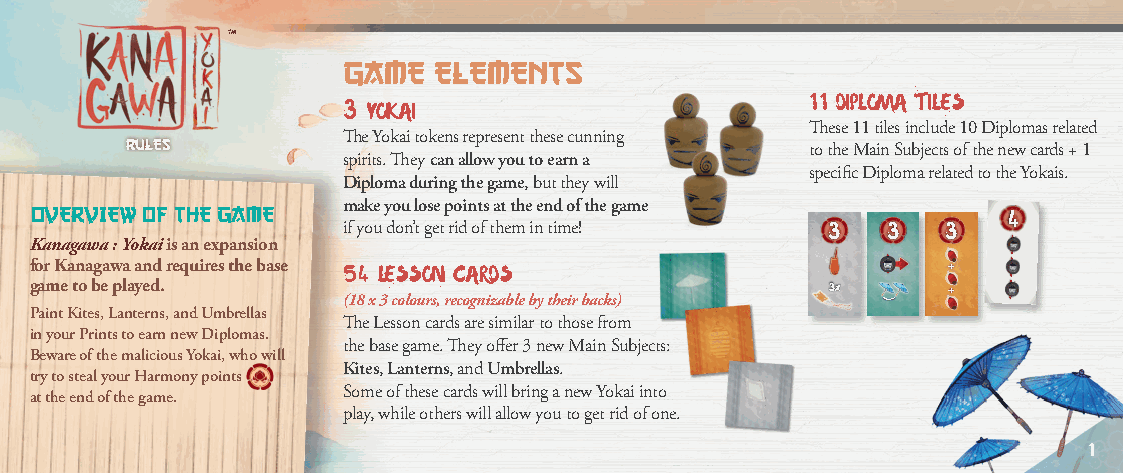
GAME  ELEMENTS
 3 YOKAI                       11 DIPLOMA TILES
 These 11 tiles include 10 Diplomas related
 The Yokai tokens represent these cunning
 RULES
 to the Main Subjects of the new cards + 1
 spirits. They can allow you to earn a
 specific Diploma related to the Yokais.
 Diploma during the game, but they will
 OVERVIEW OF THE GAME make you lose points at the end of the game
 4
 if you don’t get rid of them in time! 3 3 3
 Kanagawa : Yokai is an expansion
 for Kanagawa and requires the base 54 LESSON CARDS           +
 game to be played.
 (18 x 3 colours, recognizable by their backs)
 3x      +
 Paint Kites, Lanterns, and Umbrellas
 The Lesson cards are similar to those from
 in your Prints to earn new Diplomas.
 the base game. They offer 3 new Main Subjects:
 Beware of the malicious Yokai, who will
 Kites, Lanterns, and Umbrellas.
 try to steal your Harmony points
 at the end of the game. Some of these cards will bring a new Yokai into
 play, while others will allow you to get rid of one.
 1